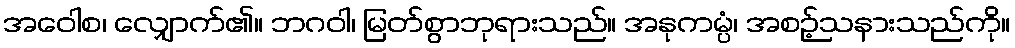
အဝေါစ၊ လျှောက်၏။ ဘဂဝါ၊ မြတ်စွာဘုရားသည်။ အနုကမ္ပံ၊ အစဉ့်သနားသည်ကို။